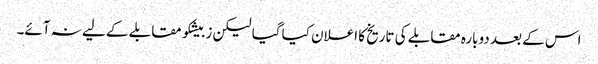
اس کے بعد دوبارہ مقابلے کی تاریخ کا اعلان کیا گیا لیکن زبیشکو مقابلے کے لیے نہ آئے۔